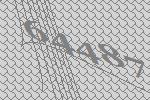
64487